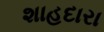
શાહદારા